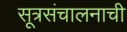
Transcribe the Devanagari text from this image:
सूत्रसंचालनाची